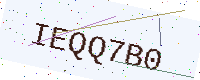
Text: IEQQ7B0